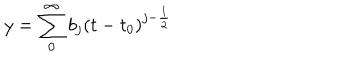
y = \sum _ { 0 } ^ { \infty } b _ { j } ( t - t _ { 0 } ) ^ { j - \frac { 1 } { 2 } }